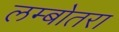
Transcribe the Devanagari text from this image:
लम्बोतरा